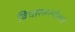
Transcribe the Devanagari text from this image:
विचारसरणीकडे